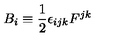
B _ { i } \equiv \frac { 1 } { 2 } \epsilon _ { i j k } F ^ { j k }